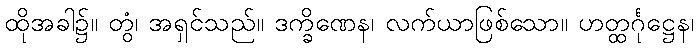
ထိုအခါ၌။ တွံ၊ အရှင်သည်။ ဒက္ခိဏေန၊ လက်ယာဖြစ်သော။ ဟတ္ထင်္ဂုဋ္ဌေန၊